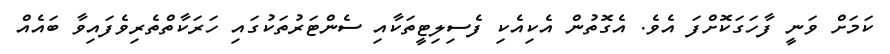
ކަމަށް ވަނީ ފާހަގަކޮށްފަ އެވެ. އެގޮތުން އެކިއެކި ފެސިލިޓީތަކާއި ސެންޓަރުތަކުގައި ހަރަކާތްތެރިވެފައިވާ ބައެއް